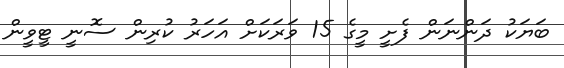
ބަޔަކު ދަންނަން ފެށީ މީގެ 15 ވަރަކަށް އަހަރު ކުރިން ސޮނީ ޓީވީން